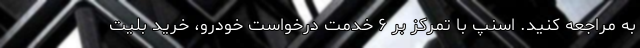
به مراجعه کنید. اسنپ با تمرکز بر ۶ خدمت درخواست خودرو، خرید بلیت